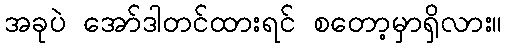
အခုပဲ အော်ဒါတင်ထားရင် စတော့မှာရှိလား။